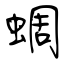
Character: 蜩